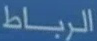
الرباط